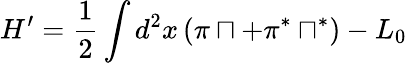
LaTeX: H^{\prime}=\frac{1}{2}\int d^{2}x\, (\pi\sqcap+\pi^{\ast}\sqcap^{\ast})-L_{0}